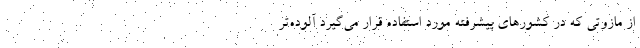
از مازوتی که در کشورهای پیشرفته مورد استفاده قرار می‌گیرد آلوده‌تر